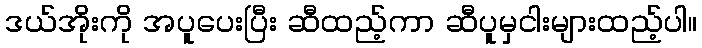
ဒယ်အိုးကို အပူပေးပြီး ဆီထည့်ကာ ဆီပူမှငါးများထည့်ပါ။